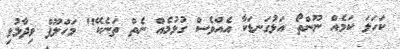
ކަހަލަ ކަމެއް ނޫންތޯ އަޅުގަނޑަކާ އެއްވެސް ގުޅުމެއް ނެތް ތަނެކޭ" މަހްލޫފް ވިދާޅުވި